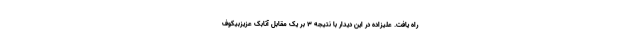
راه یافت. علیزاده در این دیدار با نتیجه ۳ بر یک مقابل آتابک عزیزبیکوف